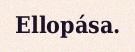
Ellopása.